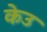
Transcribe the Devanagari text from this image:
केउ